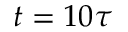
t = 1 0 \tau